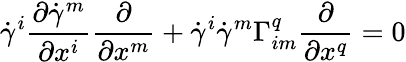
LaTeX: {\dot{\gamma}}^{i}{\frac{\partial{\dot{\gamma}}^{m}}{\partial x^{i}}}{\frac{\partial}{\partial x^{m}}}+{\dot{\gamma}}^{i}{\dot{\gamma}}^{m}\Gamma_{im}^{q}{\frac{\partial}{\partial x^{q}}}=0